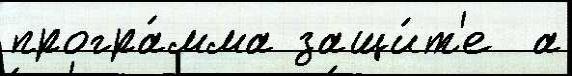
програ́мма защи́т'е  а